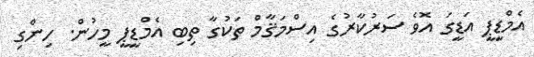
އެމްޑީޕީ އަޑީގަ އޮވެ ސަރުކާރުގެ އިސްމަޤާމް ތަކުގާ ތިބި އެމްޑީޕީ މީހުން. ހިންގި